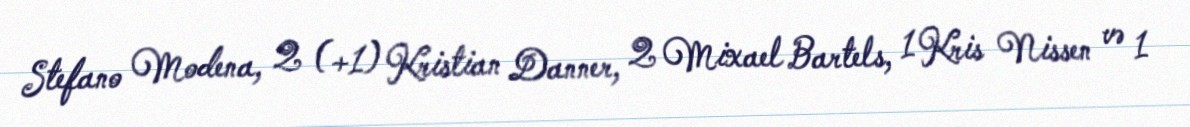
Stefano Modena, 2 (+1) Kristian Danner, 2 Mixael Bartels, 1 Kris Nissen və 1